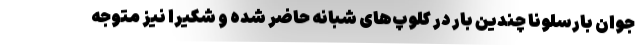
جوان بارسلونا چندین بار در کلوپ‌های شبانه حاضر شده و شکیرا نیز متوجه